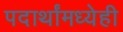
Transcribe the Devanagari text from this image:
पदार्थांमध्येही